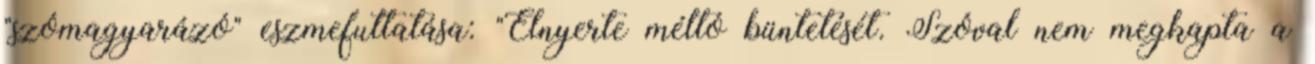
"szómagyarázó" eszmefuttatása: "Elnyerte méltó büntetését. Szóval nem megkapta a